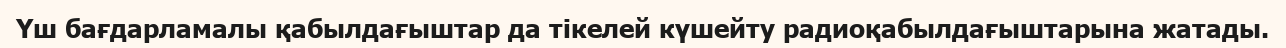
Үш бағдарламалы қабылдағыштар да тікелей күшейту радиоқабылдағыштарына жатады.